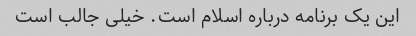
این یک برنامه درباره اسلام است. خیلی جالب است